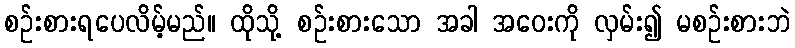
စဉ်းစားရပေလိမ့်မည်။ ထိုသို့ စဉ်းစားသော အခါ အဝေးကို လှမ်း၍ မစဉ်းစားဘဲ